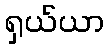
ရှယ်ယာ